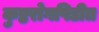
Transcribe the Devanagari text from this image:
कुष्ठरोगपिडीत